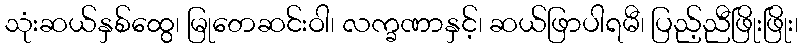
သုံးဆယ်နှစ်ထွေ၊ မြုတေဆင်းဝါ၊ လက္ခဏာနှင့်၊ ဆယ်ဖြာပါရမီ၊ ပြည့်ညီဖြိုးဖြိုး၊